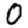
Digit: 0